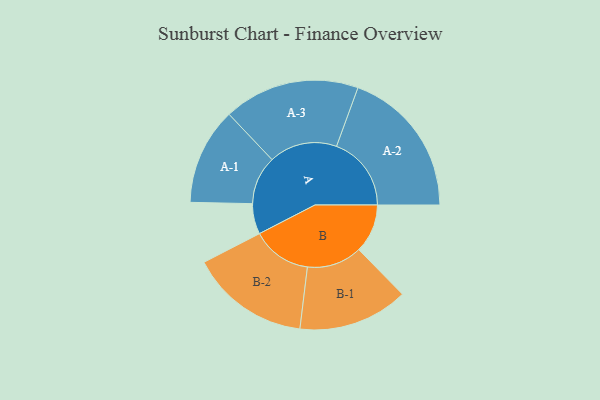
{"axis": {"x": "Segment", "y": "Value"}, "legend": ["", "A", "B"], "data": [{"x": "A", "y": 117, "type": ""}, {"x": "B", "y": 187, "type": ""}, {"x": "A-1", "y": 186, "type": "A"}, {"x": "A-2", "y": 287, "type": "A"}, {"x": "A-3", "y": 261, "type": "A"}, {"x": "B-1", "y": 211, "type": "B"}, {"x": "B-2", "y": 229, "type": "B"}]}